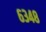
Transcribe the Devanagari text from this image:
६३४८